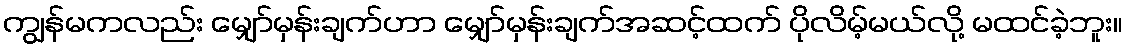
ကျွန်မကလည်း မျှော်မှန်းချက်ဟာ မျှော်မှန်းချက်အဆင့်ထက် ပိုလိမ့်မယ်လို့ မထင်ခဲ့ဘူး။